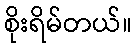
စိုးရိမ်တယ်။